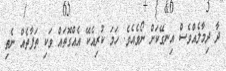
ދާ ދިމާލެއްވެސް އިނގޭކަށް ނޯވެއެވެ. ހަމަ ކުރިއެކޭ އެއްގޮތައް ވަކި ތަފާތެއް ނެތި